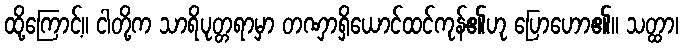
ထို့ကြောင့်။ ငါတို့က သာရိပုတ္တရာမှာ တဏှာရှိယောင်ထင်ကုန်၏ဟု ပြောဟော၏။ သတ္ထာ၊